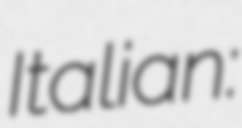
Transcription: Italian: